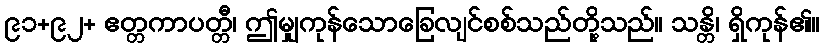
၉၁+၉၂+ ဧတ္တကာပတ္တီ၊ ဤမျှကုန်သောခြေလျင်စစ်သည်တို့သည်။ သန္တိ၊ ရှိကုန်၏။